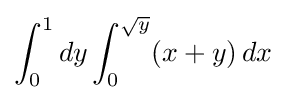
\int _{0}^{1}dy\int _{0}^{\sqrt {y}}(x+y)\,dx